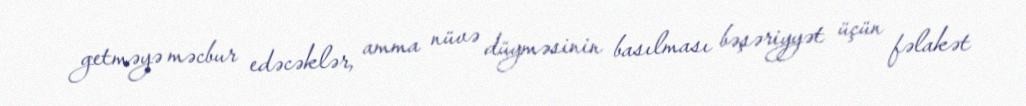
getməyə məcbur edəcəklər, amma nüvə düyməsinin basılması bəşəriyyət üçün fəlakət